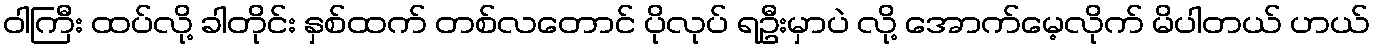
ဝါကြီး ထပ်လို့ ခါတိုင်း နှစ်ထက် တစ်လတောင် ပိုလုပ် ရဦးမှာပဲ လို့ အောက်မေ့လိုက် မိပါတယ် ဟယ်